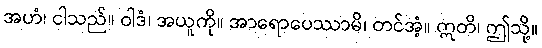
အဟံ၊ ငါသည်။ ဝါဒံ၊ အယူကို။ အာရောပေဿာမိ၊ တင်အံ့။ ဣတိ၊ ဤသို့။